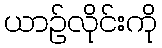
ယာဉ်လိုင်းကို